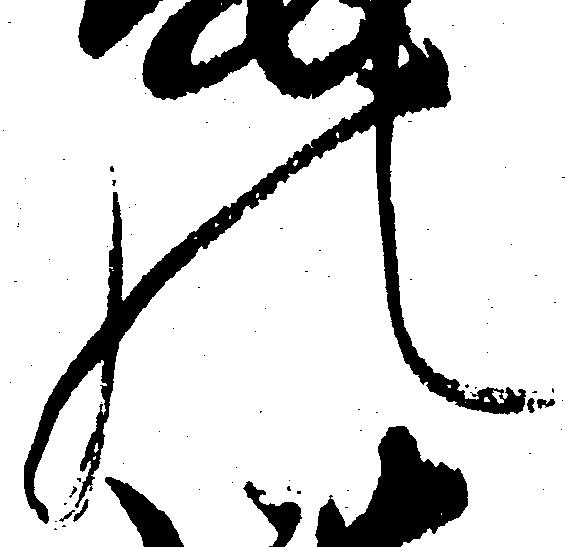
の